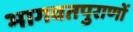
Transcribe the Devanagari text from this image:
भागवतपुराणों